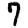
Digit: 7